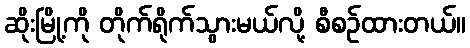
ဆိုးမြို့ကို တိုက်ရိုက်သွားမယ်လို့ စီစဉ်ထားတယ်။